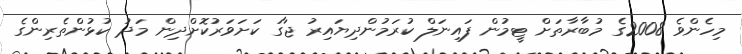
މިހެންވެ 2008ގެ މުބާރާތަށް ޓީމުން ފައިނަލް ކުރަމުންދިޔައިރު ޖާގަ ކަށަވަރުކޮށްދިން މަދު ކުޅުންތެރިންގެ